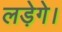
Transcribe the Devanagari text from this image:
लड़ेगे।